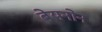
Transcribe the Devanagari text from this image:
बेयनोन